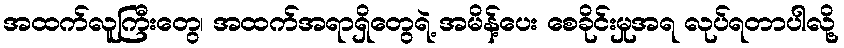
အထက်လူကြီးတွေ၊ အထက်အရာရှိတွေရဲ့ အမိန့်ပေး စေခိုင်းမှုအရ လုပ်ရတာပါလို့